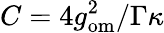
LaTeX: C=4g_{\mathrm{om}}^{2}/\Gamma\kappa